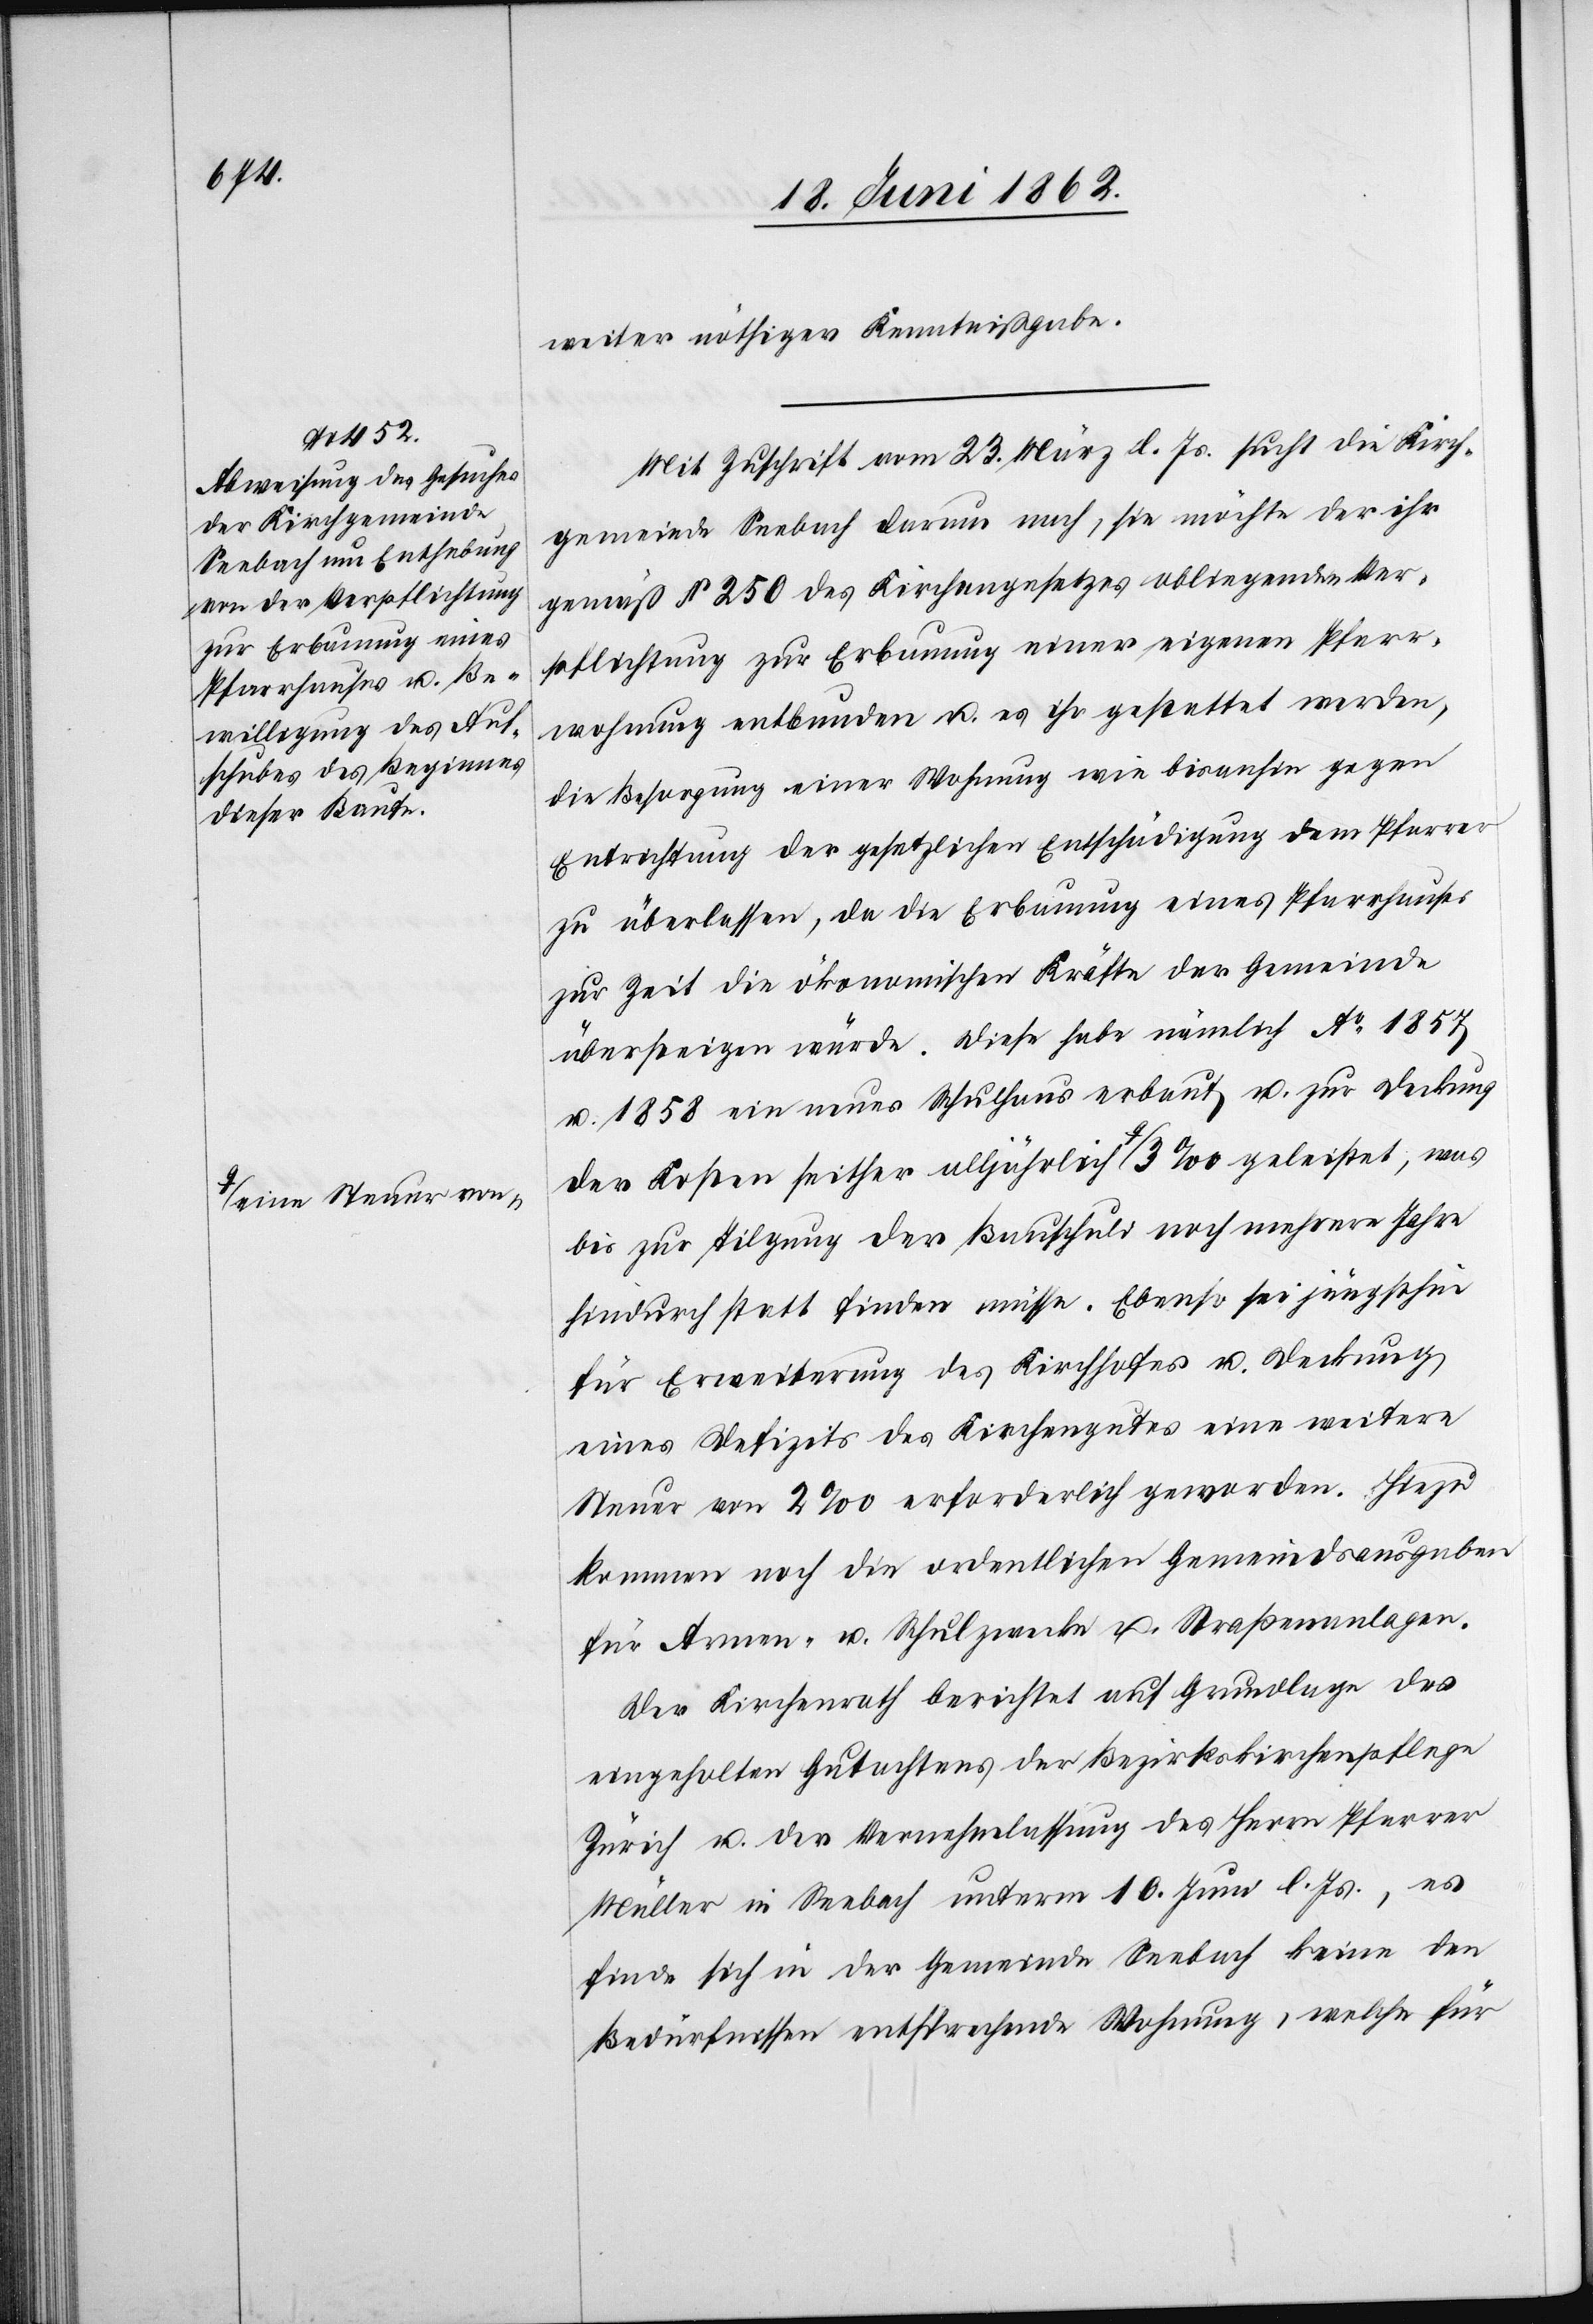
weiter nöthiger Kenntnißgabe.
Mit Zuschrift vom 23. März l. Js. sucht die Kirch¬
gemeinde Seebach darum nach, sie möchte der ihr
gemäß § 250 des Kirchengesetzes obliegenden Ver¬
pflichtung zur Erbauung einer eigenen Pfarr¬
wohnung entbunden u. es ihr gestattet werden,
die Besorgung einer Wohnung wie bisanhin gegen
Entrichtung der gesetzlichen Entschädigung dem Pfarrer
zu überlassen, da die Erbauung eines Pfarrhauses
zur Zeit die ökonomischen Kräfte der Gemeinde
übersteigen würde. Diese habe nämlich Ao 1857
u. 1858 ein neues Schulhaus erbaut u. zur Deckung
der Kosten seither alljährlich a-eine Steuer von-a 3‰geleistet, was
bis zur Tilgung der Bauschuld noch mehrere Jahre
hindurch statt finden müsse. Ebenso sei jüngsthin
für Erweiterung des Kirchhofes u. Deckung
eines Defizits des Kirchengutes eine weitere
Steuer von 2‰ erforderlich geworden. Hiezu
kommen noch die ordentlichen Gemeindsausgaben
für Armen- u. Schulzwecke u. Straßenanlagen.
Der Kirchenrath berichtet auf Grundlage des
eingeholten Gutachtens der Bezirkskirchenpflege
Zürich u. der Vernehmlassung des Herrn Pfarrer
Müller in Seebach unterm 10. Juni l. Js., es
finde sich in der Gemeinde Seebach keine den
Bedürfnissen entsprechende Wohnung, welche für